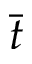
\Bar { t }